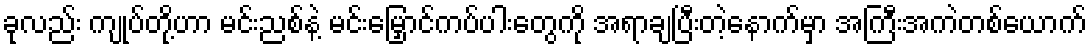
ခုလည်း ကျုပ်တို့ဟာ မင်းညစ်နဲ့ မင်းမြှောင်ကပ်ပါးတွေကို အရာချပြီးတဲ့နောက်မှာ အကြီးအကဲတစ်ယောက်